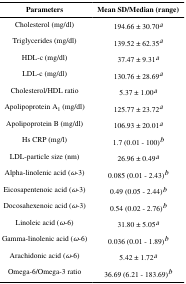
<table><thead><tr><td><b>Parameters</b></td><td><b>Mean SD/Median (range)</b></td></tr></thead><tbody><tr><td>Cholesterol (mg/dl)</td><td>194.66 ± 30.70a</td></tr><tr><td>Triglycerides (mg/dl)</td><td>139.52 ± 62.35a</td></tr><tr><td>HDL-c (mg/dl)</td><td>37.47 ± 9.31a</td></tr><tr><td>LDL-c (mg/dl)</td><td>130.76 ± 28.69a</td></tr><tr><td>Cholesterol/HDL ratio</td><td>5.37 ± 1.00a</td></tr><tr><td>Apolipoprotein A<sub>1</sub> (mg/dl)</td><td>125.77 ± 23.72a</td></tr><tr><td>Apolipoprotein B (mg/dl)</td><td>106.93 ± 20.01a</td></tr><tr><td>Hs CRP (mg/l)</td><td>1.7 (0.01 - 100)b</td></tr><tr><td>LDL-particle size (nm)</td><td>26.96 ± 0.49a</td></tr><tr><td>Alpha-linolenic acid (<i>ω</i>-3)</td><td>0.085 (0.01 - 2.43)b</td></tr><tr><td>Eicosapentenoic acid (<i>ω</i>-3)</td><td>0.49 (0.05 - 2.44)b</td></tr><tr><td>Docosahexenoic acid (<i>ω</i>-3)</td><td>0.54 (0.02 - 2.76)b</td></tr><tr><td>Linoleic acid (<i>ω</i>-6)</td><td>31.80 ± 5.05a</td></tr><tr><td>Gamma-linolenic acid (<i>ω</i>-6)</td><td>0.036 (0.01 - 1.89)b</td></tr><tr><td>Arachidonic acid (<i>ω</i>-6)</td><td>5.42 ± 1.72a</td></tr><tr><td>Omega-6/Omega-3 ratio</td><td>36.69 (6.21 - 183.69)b</td></tr></tbody></table>